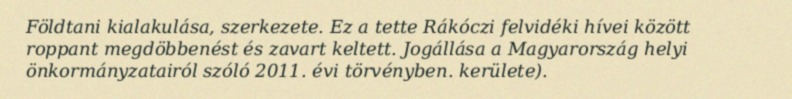
Földtani kialakulása, szerkezete. Ez a tette Rákóczi felvidéki hívei között roppant megdöbbenést és zavart keltett. Jogállása a Magyarország helyi önkormányzatairól szóló 2011. évi törvényben. kerülete).